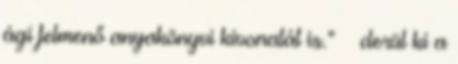
ági felmenő anyakönyvi kivonatát is.” – derül ki a